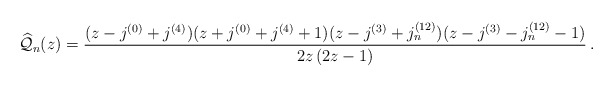
\begin{align*}{\widehat{\mathcal{Q}}_n}(z) = \frac{(z-j^{(0)}+j^{(4)})(z+j^{(0)}+j^{(4)}+1)(z-j^{(3)}+j_n^{(12)})(z-j^{(3)}-j_n^{(12)}-1)}{2z\,(2z-1)}\,.\end{align*}